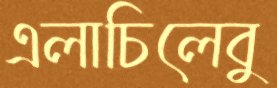
এলাচিলেবু